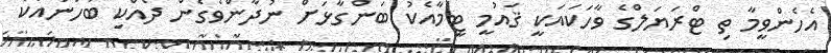
އެހެންވީމާ ތި ޓްރަޔަލްގެ ވާހަކައަކީ ޤައުމީ ޓީމާއެކު ބަންގާޅަށް ނުދާންވެގެން ދެއްކި ބަަހަނާއަކާ